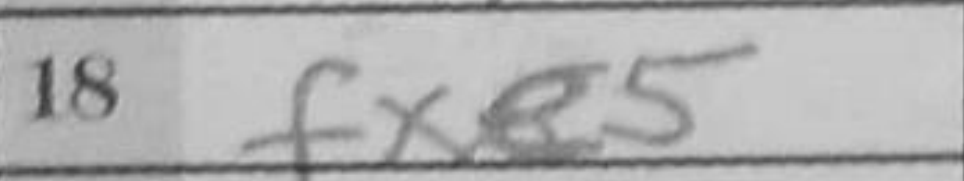
Transcription: fxe5